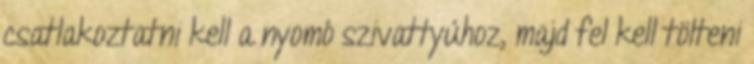
csatlakoztatni kell a nyomó szivattyúhoz, majd fel kell tölteni